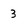
Character: 3